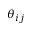
\theta _ { i j }